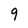
Character: 9